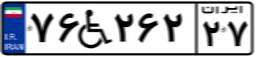
۰۲W۴۶۹۱۶